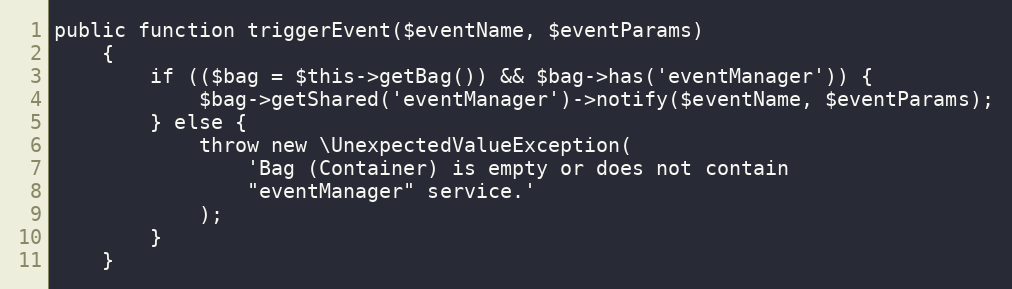
Language: PHP
public function triggerEvent($eventName, $eventParams)
    {
        if (($bag = $this->getBag()) && $bag->has('eventManager')) {
            $bag->getShared('eventManager')->notify($eventName, $eventParams);
        } else {
            throw new \UnexpectedValueException(
                'Bag (Container) is empty or does not contain
                "eventManager" service.'
            );
        }
    }